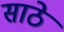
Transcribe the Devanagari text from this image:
साठेे